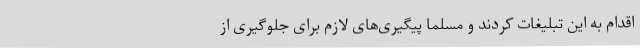
اقدام به این تبلیغات کردند و مسلما پیگیری‌های لازم برای جلوگیری از